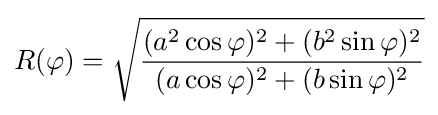
R(\varphi )={\sqrt {\frac {(a^{2}\cos \varphi )^{2}+(b^{2}\sin \varphi )^{2}}{(a\cos \varphi )^{2}+(b\sin \varphi )^{2}}}}